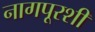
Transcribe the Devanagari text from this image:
नागपूरशी